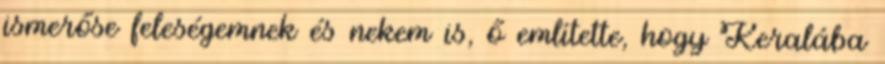
ismerőse feleségemnek és nekem is, ő említette, hogy Keralába